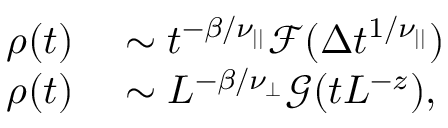
\begin{array} { r l } { \rho ( t ) } & { { } \sim t ^ { - \beta / \nu _ { | | } } \mathcal { F } ( \Delta t ^ { 1 / \nu _ { | | } } ) } \\ { \rho ( t ) } & { { } \sim L ^ { - \beta / \nu _ { \perp } } \mathcal { G } ( t L ^ { - z } ) , } \end{array}